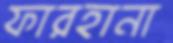
ফারহানা